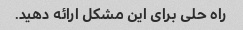
راه حلی برای این مشکل ارائه دهید.